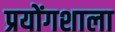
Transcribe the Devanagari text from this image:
प्रयोंगशाला